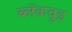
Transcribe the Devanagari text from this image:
ब्लॅकवुड